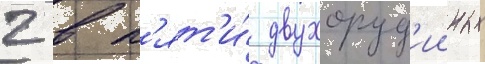
2 в п'ят'и́ двухоруд'ииных